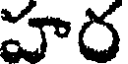
హర